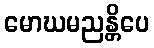
မောဃမညန္တိပေ